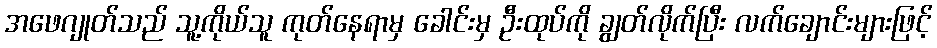
အဖေဂျုတ်သည် သူ့ကိုယ်သူ ကုတ်နေရာမှ ခေါင်းမှ ဦးထုပ်ကို ချွတ်လိုက်ပြီး လက်ချောင်းများဖြင့်